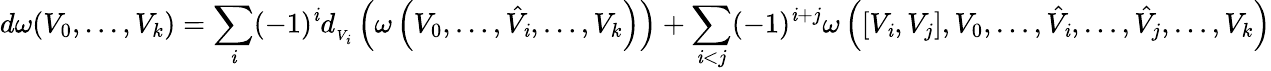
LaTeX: d\omega(V_{0},...,V_{k})=\sum_{\mathit{i}}(-1)^{\mathit{i}}d_{{}_{V_{\mathit{i}}}}\left(\omega\left(V_{0},\ldots,{\hat{{V}}}_{\mathit{i}},\ldots,V_{k}\right)\right)+\sum_{\mathit{i}<j}(-1)^{\mathit{i}+j}\omega\left(\left[V_{\mathit{i}},V_{j}\right],V_{0},\ldots,{\hat{{V}}}_{\mathit{i}},\ldots,{\hat{{V}}}_{j},\ldots,V_{k}\right)